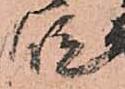
段